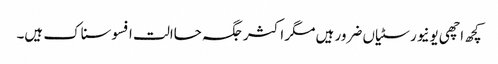
کچھ اچھی یونیورسٹیاں ضرور ہیں مگر اکثر جگہ حاالت افسوسناک ہیں۔